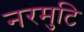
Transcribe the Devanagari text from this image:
नरमुटि